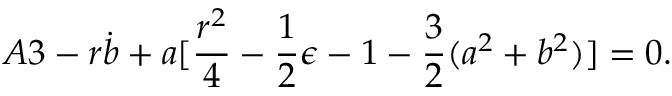
A 3 - r \dot { b } + a [ \frac { r ^ { 2 } } { 4 } - \frac { 1 } { 2 } \epsilon - 1 - \frac { 3 } { 2 } ( a ^ { 2 } + b ^ { 2 } ) ] = 0 .